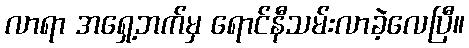
လာရာ အရှေ့ဘက်မှ ရောင်နီသမ်းလာခဲ့လေပြီ။